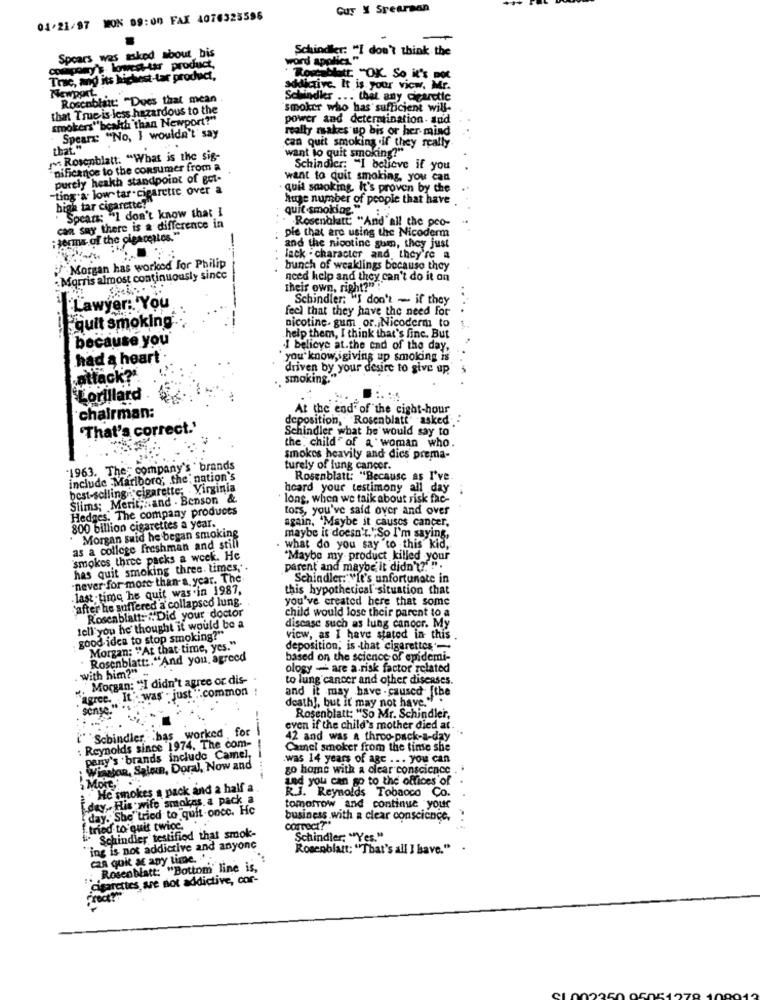
Guy X Srearsan
01/21/97 MON 09:00 FAX 4076325596
Spears was asked about bis
Schindler: "I don't think the
lowest-thr product,
word apples
Truc, and its Meke
Richest-tar product,
. Rocelitt "OK. So it's not
addictive. It is your vicw. Mr.
Newport.
Roscablant: "Dues that mean
chindles ... that any cearctic
that True is less hazardous to the
smoker who has sufficient will-
smokers"beakth than Newport?"
power and determination. and
really makes up bis or her- mind
Spears: "No, I wouldn't' say
that."
can quit smoking if they really
want to quit smoking?" "
Rosenblatt. "What is the sig-
nificanoe to the consumer from a
Schindler; "I believe if you
purely heakh standpoint of got-
want to quit smoking, you can
"ting a low tar-cigaretic over a
. quit smoking, It's proven by che
huge number of people that have
high tar cigarette!
"Spears: "I don't know that I
quit smoking."
. Rosenblatt "And'all the peo-
can say there is a difference in
: forms of the cigarettes."
pie that are using the Nicoderm
and the nicotine gum, they just
Jack - character and they're a
Morgan has worked for Philip
----
bunch of weaklings because they
: Morris almost continuously since
need help and they can't do it on
their own, right?" ""
Schindler: "I don't - if they
Lawyer: You
feel that they have the need for
quit smoking.
nicotine. gum or. Nicoderm_to
1.
because you'
help them, I think that's fine. But
I belicye at.the end of the day,
had a heart .
* you know,igiving up smoking is
driven by your desire to give up
...
„attack?".
smoking.""
Lorillard
At the end of the eight-hour
chairman:
deposition, Rosenblatt" asked.
'That's correct.'
Schindler what he would say to
the child of a woman who.
smokes heavily and dies prema-
"1963. The" company's ' brands
turely of lung cancer.
include Marlboro; the nation's
Rosenblatt: "Because as I've.
best-selling : cigarette; - Virginia
heard your testimony all day
Slims; Merit; . and . Benson &
long, when we talk about risk fac-
Hedges. The company products
tors, you've said over and over
again, 'Maybe it causes cancer,
800 billion cigarettes a year.
. Morgan said he began smoking
maybe it doesn't.";So I'm saying,
as a college freshman and still
what do you say to this kid,
"smokes three packs a week. He
"Maybe my product killed your
has quit smoking three. times ,.
parent and maybe it didn't?"""".
-never for more than a year. The
Schindler: "It's unfortunate in
last time he quit was in 1987,
this hypothetical' situation that
Safter he suffered a collapsed lung.
you've created here that some
Rosenblatt: #Did your doctor
child would lose their parent to a
tell you he thought it would be a
disease such as lung cancer. My
good idea to stop smoking?"
view, as I have stated in- this
Morgan: "At that time, yes."
deposition; is -that cigarettes-
Rosenblatt :. "And you, agreed
based on the science of epidemi-
ology - are a.risk factor related
. Morgan: "I didn't agree or dis-
with him?"" -
to lung cancer and other diseases.
"agree. , It' was . just .".common !
and it may have - caused [the
death !, but it may not have.".
scrise.
Rosenblatt: "So Mr. Schindler,
Schindler. .. has worked f
even if the child's mother died at.
: Reynolds since 1974, The com-
42 and was a throo-pack-a-day
Chanel smoker from the time she
pany's 'brands include Camel,
.was 14 years of age ... you can
Winston, Salon, Doral, Now and
go home with a clear conscience .
Led you can go to the offices of
5 More
He smokes a pack and a half a
[day ,. His wife smokes a pack a
R.J. Reynolds Tobacco Co.
day. She"tried to quit once. Hc
tomorrow and continue your
tried to quit twice. ..
business with a clear conscience,
correct?"
Schindler testified that smok-
Schindler; "Yes."
ing is not addictive and anyone
Rosenblatt; "That's all I have."
can quit at any time. '
.: Rosenblatt: "Bottom line is,
Cigarettes are not addictive, cor-
mar